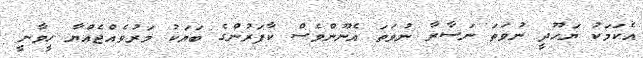
އެކަމަކު ޔަހޫދީ ނުވަތަ ނަސާރާ ނުވަތަ އެނޫންވެސް ކާފަރުންގެ ބަޔަކު މަރުވެއްޖެއްޔާ ހީވާނީ